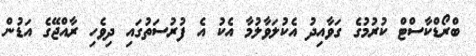
ބްރޯޑްކާސްޓް ކުރުމުގެ ގަވާއިދު އެކުލަވާލުމާ އެކު އެ ފުރުސަތުގައި ދިވެހި ރާއްޖޭގެ އަޑުން